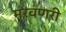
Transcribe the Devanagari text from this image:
मरवणरी